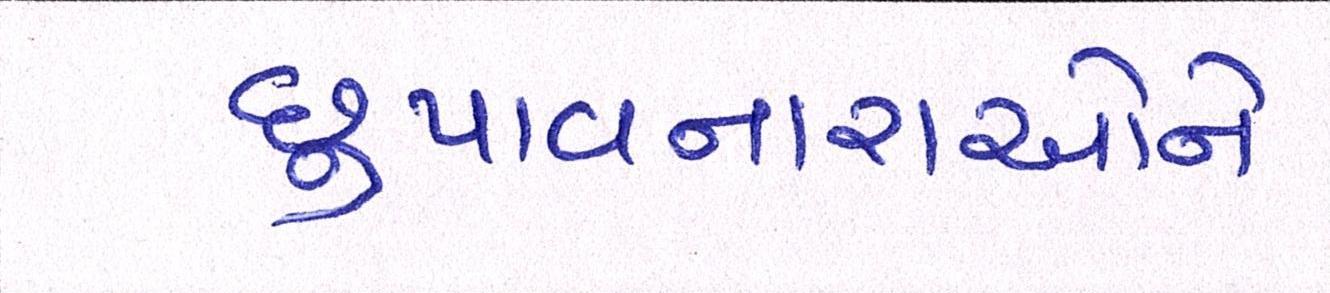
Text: છુપાવનારાઓને